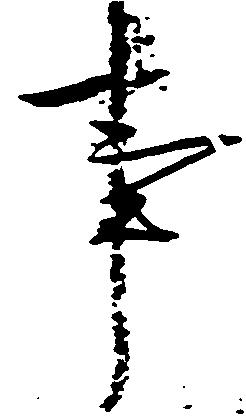
事